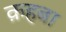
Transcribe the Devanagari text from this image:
क़हबा